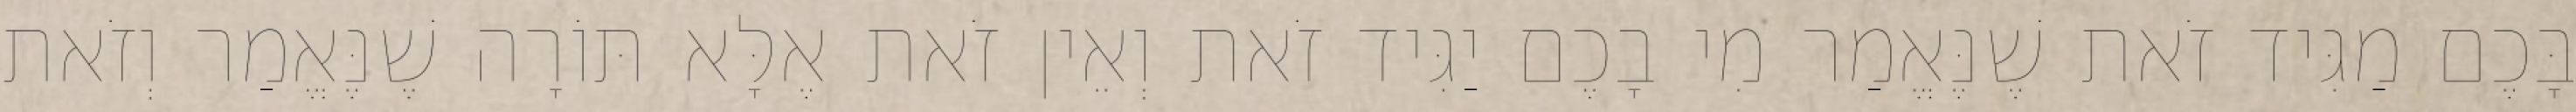
בָּכֶם מַגִּיד זֹאת שֶׁנֶּאֱמַר מִי בָכֶם יַגִּיד זֹאת וְאֵין זֹאת אֶלָּא תּוֹרָה שֶׁנֶּאֱמַר וְזֹאת